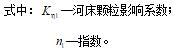
式中：$K_{d}$一河床颗粒起动系数；
$n_{f}$一指数。